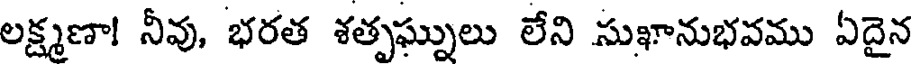
లక్ష్మణా! నీవు, భరత శత్పఘ్నులు లేని సుఖానుభవము ఏదైన